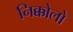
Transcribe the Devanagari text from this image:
निक्कोलो